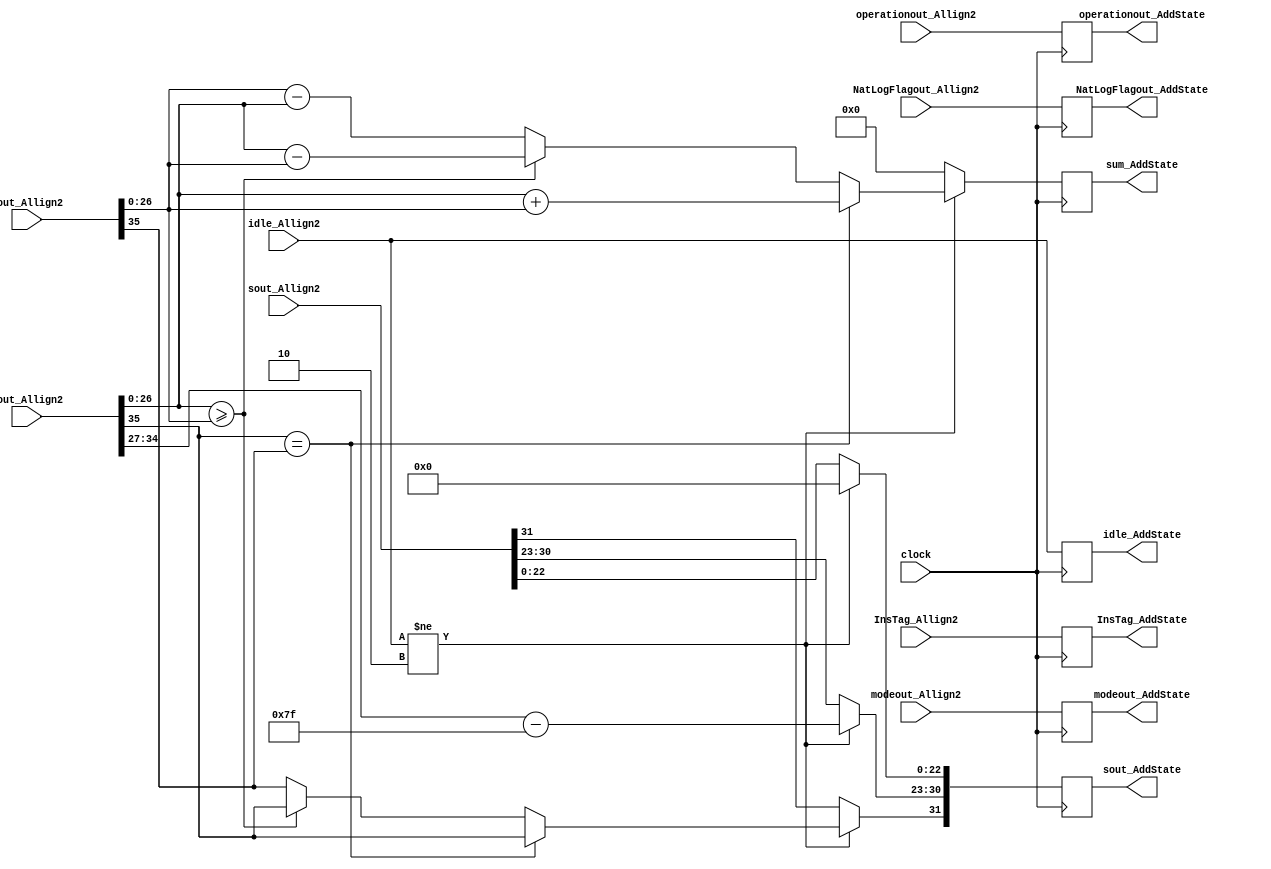
module AddState(
	input [1:0] idle_Allign2,
	input [35:0] cout_Allign2,
	input [35:0] zout_Allign2,
	input [31:0] sout_Allign2,
	input [1:0] modeout_Allign2,
	input operationout_Allign2,
	input NatLogFlagout_Allign2,
	input [7:0] InsTag_Allign2,
	input clock,
	output reg [1:0] idle_AddState,
	output reg [31:0] sout_AddState,
	output reg [1:0] modeout_AddState,
	output reg operationout_AddState,
	output reg NatLogFlagout_AddState,
	output reg [27:0] sum_AddState,
	output reg [7:0] InsTag_AddState
    );
	 
parameter mode_circular  =2'b01, 
			 mode_linear    =2'b00, 
			 mode_hyperbolic=2'b11;

parameter no_idle = 2'b00,
			 allign_idle = 2'b01,
			 put_idle = 2'b10;

wire z_sign;
wire [7:0] z_exponent;
wire [26:0] z_mantissa;

wire c_sign;
wire [7:0] c_exponent;
wire [26:0] c_mantissa;

assign z_sign = zout_Allign2[35];
assign z_exponent = zout_Allign2[34:27] - 127;
assign z_mantissa = {zout_Allign2[26:0]};

assign c_sign = cout_Allign2[35];
assign c_exponent = cout_Allign2[34:27] - 127;
assign c_mantissa = {cout_Allign2[26:0]};

always @ (posedge clock)
begin
	
	InsTag_AddState <= InsTag_Allign2;
	idle_AddState <= idle_Allign2;
	modeout_AddState <= modeout_Allign2;
	operationout_AddState <= operationout_Allign2;
	NatLogFlagout_AddState <= NatLogFlagout_Allign2;
	
	if (idle_Allign2 != put_idle) begin
      sout_AddState[30:23] <= c_exponent;
		sout_AddState[22:0] <= 0;
      if (c_sign == z_sign) begin
         sum_AddState <= c_mantissa + z_mantissa;
         sout_AddState[31] <= c_sign;
      end else begin
			if (c_mantissa >= z_mantissa) begin
				sum_AddState <= c_mantissa - z_mantissa;
				sout_AddState[31] <= c_sign;
			end else begin
				sum_AddState <= z_mantissa - c_mantissa;
				sout_AddState[31] <= z_sign;
			end
      end		
	end
	
	else begin
		sout_AddState <= sout_Allign2;
		sum_AddState <= 0;
	end
end

endmodule